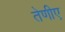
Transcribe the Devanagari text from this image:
तेणीए